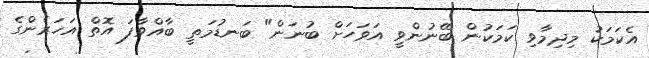
އެކަމަކު މިދިމާވި ކަމަކުން ބޭނުންވީ އަވަހަށް ބުނަން" ބަނޑުމަތީ ބާއްވާފަ އޮތް އަހަރެންގެ